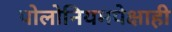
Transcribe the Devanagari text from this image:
पोलोनियमपेक्षाही